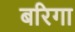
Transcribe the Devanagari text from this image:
बरिगा